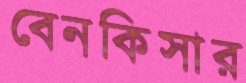
বেনকিসার